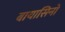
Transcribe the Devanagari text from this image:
बायासिनो